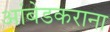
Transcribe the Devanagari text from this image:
आंबेडकराना